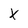
Character: X